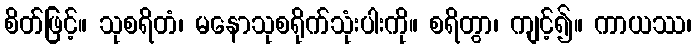
စိတ်ဖြင့်။ သုစရိတံ၊ မနောသုစရိုက်သုံးပါးကို။ စရိတွာ၊ ကျင့်၍။ ကာယဿ၊